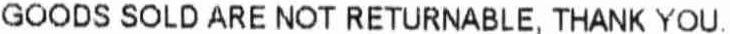
GOODS SOLD ARE NOT RETURNABLE, THANK YOU.